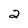
Character: 2